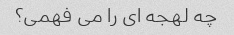
چه لهجه ای را می فهمی؟